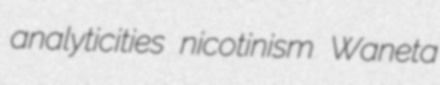
analyticities nicotinism Waneta